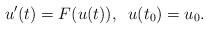
LaTeX: \begin{align*}u'(t) = F(u(t)), \; \; u(t_0) = u_0. \end{align*}